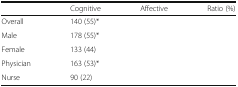
<table><thead><tr><td>[EMPTY_CELL]</td><td><b>Cognitive</b></td><td><b>Affective</b></td><td><b>Ratio (%)</b></td></tr></thead><tbody><tr><td>Overall</td><td>140 (55)*</td><td>[EMPTY_CELL]</td><td>[EMPTY_CELL]</td></tr><tr><td>Male</td><td>178 (55)*</td><td>[EMPTY_CELL]</td><td>[EMPTY_CELL]</td></tr><tr><td>Female</td><td>133 (44)</td><td>[EMPTY_CELL]</td><td>[EMPTY_CELL]</td></tr><tr><td>Physician</td><td>163 (53)*</td><td>[EMPTY_CELL]</td><td>[EMPTY_CELL]</td></tr><tr><td>Nurse</td><td>90 (22)</td><td>[EMPTY_CELL]</td><td>[EMPTY_CELL]</td></tr></tbody></table>